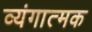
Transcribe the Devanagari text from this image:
व्‍यंगात्‍मक